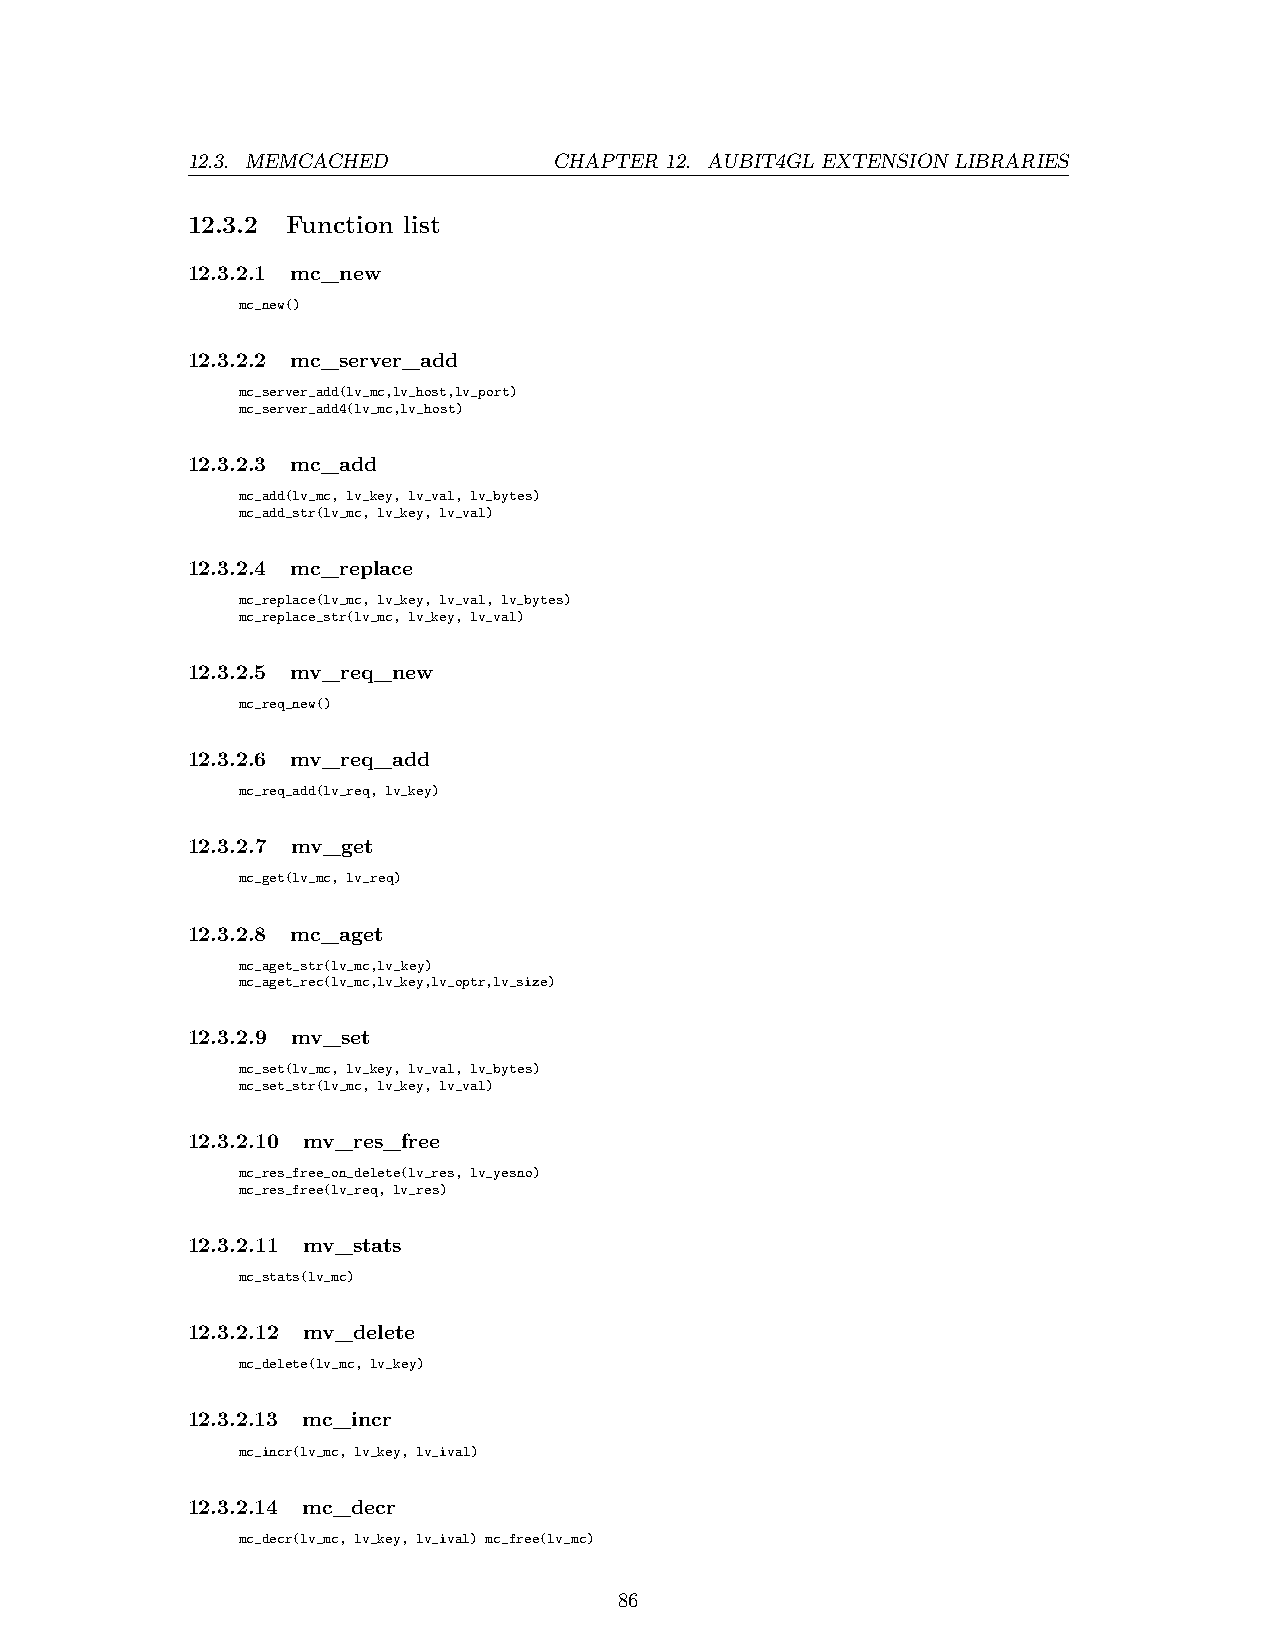
12.3. MEMCACHED          CHAPTER 12. AUBIT4GL EXTENSION LIBRARIES
 12.3.2 Function list
 12.3.2.1 mc_new
 mc_new()
 12.3.2.2 mc_server_add
 mc_server_add(lv_mc,lv_host,lv_port)
 mc_server_add4(lv_mc,lv_host)
 12.3.2.3 mc_add
 mc_add(lv_mc, lv_key, lv_val, lv_bytes)
 mc_add_str(lv_mc, lv_key, lv_val)
 12.3.2.4 mc_replace
 mc_replace(lv_mc, lv_key, lv_val, lv_bytes)
 mc_replace_str(lv_mc, lv_key, lv_val)
 12.3.2.5 mv_req_new
 mc_req_new()
 12.3.2.6 mv_req_add
 mc_req_add(lv_req, lv_key)
 12.3.2.7 mv_get
 mc_get(lv_mc, lv_req)
 12.3.2.8 mc_aget
 mc_aget_str(lv_mc,lv_key)
 mc_aget_rec(lv_mc,lv_key,lv_optr,lv_size)
 12.3.2.9 mv_set
 mc_set(lv_mc, lv_key, lv_val, lv_bytes)
 mc_set_str(lv_mc, lv_key, lv_val)
 12.3.2.10 mv_res_free
 mc_res_free_on_delete(lv_res, lv_yesno)
 mc_res_free(lv_req, lv_res)
 12.3.2.11 mv_stats
 mc_stats(lv_mc)
 12.3.2.12 mv_delete
 mc_delete(lv_mc, lv_key)
 12.3.2.13 mc_incr
 mc_incr(lv_mc, lv_key, lv_ival)
 12.3.2.14 mc_decr
 mc_decr(lv_mc, lv_key, lv_ival) mc_free(lv_mc)
 86